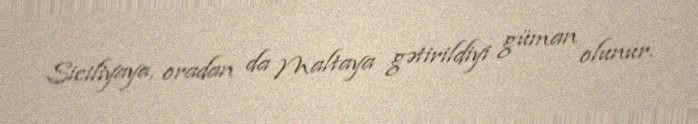
Siciliyaya, oradan da Maltaya gətirildiyi güman olunur.